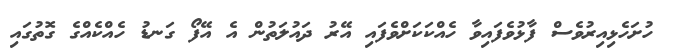
ހުށަހެޅިއިރުވެސް ފާޅުވެފައިވާ ހެއްކަކަށްވެފައި އޭރު ދައުލަތުން އެ އޭފޯ ގަނޑު ހެއްކެއްގެ ގޮތުގައި